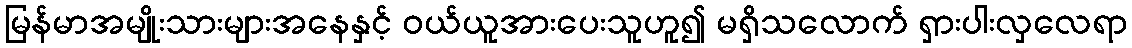
မြန်မာအမျိုးသားများအနေနှင့် ဝယ်ယူအားပေးသူဟူ၍ မရှိသလောက် ရှားပါးလှလေရာ